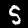
Digit: 5